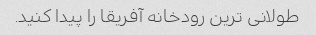
طولانی ترین رودخانه آفریقا را پیدا کنید.